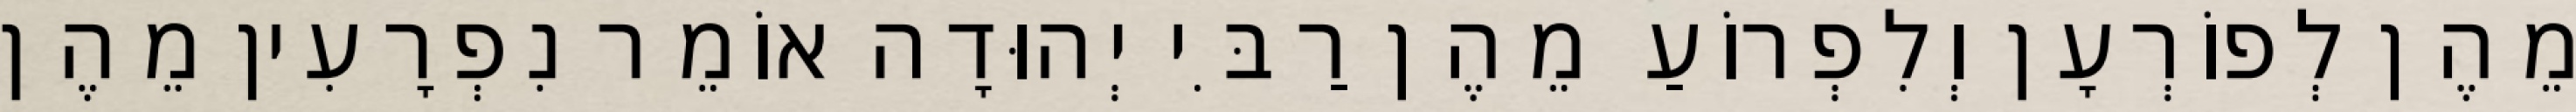
מֵהֶן לְפוֹרְעָן וְלִפְרוֹעַ מֵהֶן רַבִּי יְהוּדָה אוֹמֵר נִפְרָעִין מֵהֶן